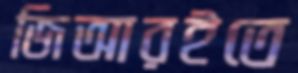
জিআরইতে